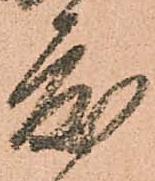
度